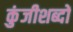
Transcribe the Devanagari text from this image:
कुंजीशब्दों